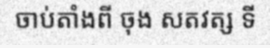
ចាប់តាំងពី ចុង សតវត្ស ទី